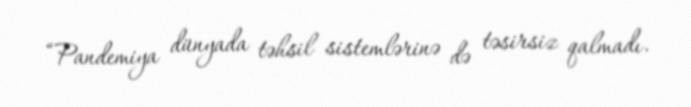
“Pandemiya dünyada təhsil sistemlərinə də təsirsiz qalmadı.